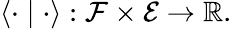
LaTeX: \langle\cdot\mid\cdot\rangle:\mathcal{F}\times\mathcal{E}\to\mathbb{R}.